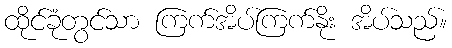
ထိုင်ခုံတွင်သာ ကြက်အိပ်ကြက်နိုး အိပ်သည်။